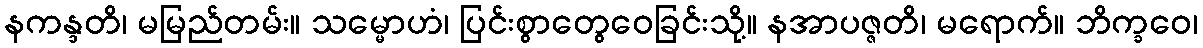
နကန္ဒတိ၊ မမြည်တမ်း။ သမ္မောဟံ၊ ပြင်းစွာတွေဝေခြင်းသို့။ နအာပဇ္ဇတိ၊ မရောက်။ ဘိက္ခဝေ၊